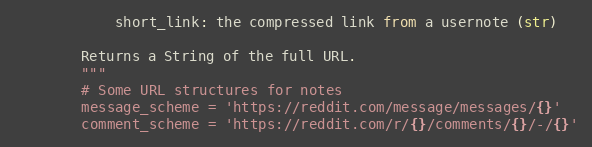
Language: Python
            short_link: the compressed link from a usernote (str)

        Returns a String of the full URL.
        """
        # Some URL structures for notes
        message_scheme = 'https://reddit.com/message/messages/{}'
        comment_scheme = 'https://reddit.com/r/{}/comments/{}/-/{}'